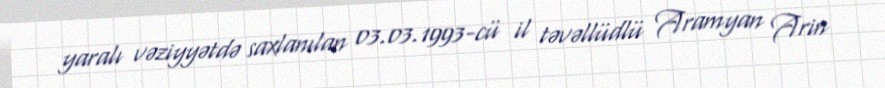
yaralı vəziyyətdə saxlanılan 03.03.1993-cü il təvəllüdlü Aramyan Arin